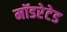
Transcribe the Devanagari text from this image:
मॉडरेटेड